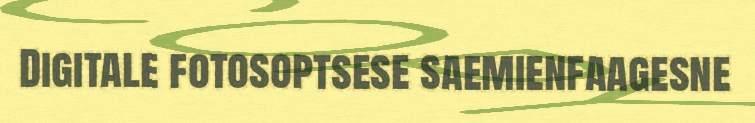
Digitale fotosoptsese saemienfaagesne